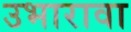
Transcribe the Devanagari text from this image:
उभारावा